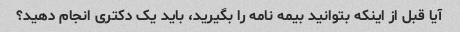
آیا قبل از اینکه بتوانید بیمه نامه را بگیرید، باید یک دکتری انجام دهید؟